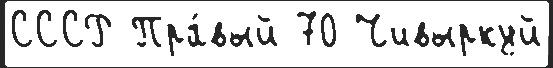
СССР Пра́вый 70 Чивыркуй